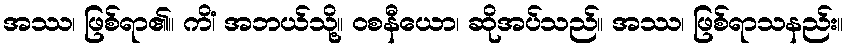
အဿ၊ ဖြစ်ရာ၏။ ကိံ၊ အဘယ်သို့။ ဝစနီယော၊ ဆိုအပ်သည်။ အဿ၊ ဖြစ်ရာသနည်း။